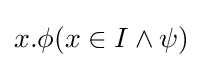
x.\phi {\mathcal {(}}x\in I\land \psi )